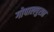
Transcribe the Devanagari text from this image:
गोपालपुरात